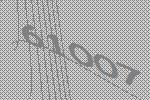
61007